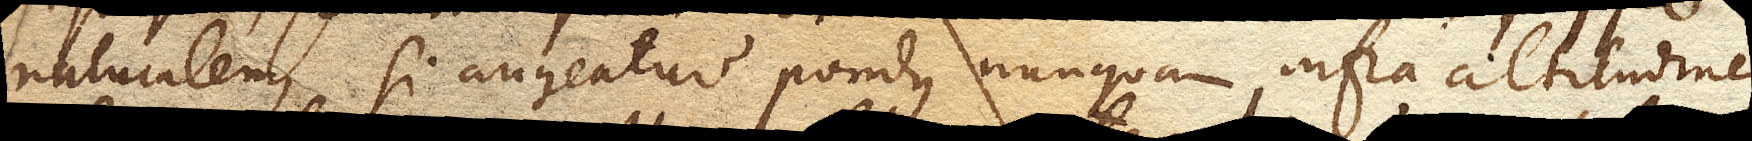
naturalem, si augeatur pondus nunquam infra altitudinem